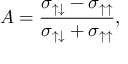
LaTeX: { \cal A } = \displaystyle \frac { \sigma _ { \uparrow \downarrow } - \sigma _ { \uparrow \uparrow } } { \sigma _ { \uparrow \downarrow } + \sigma _ { \uparrow \uparrow } } ,